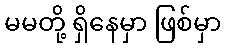
မမတို့ ရှိနေမှာ ဖြစ်မှာ